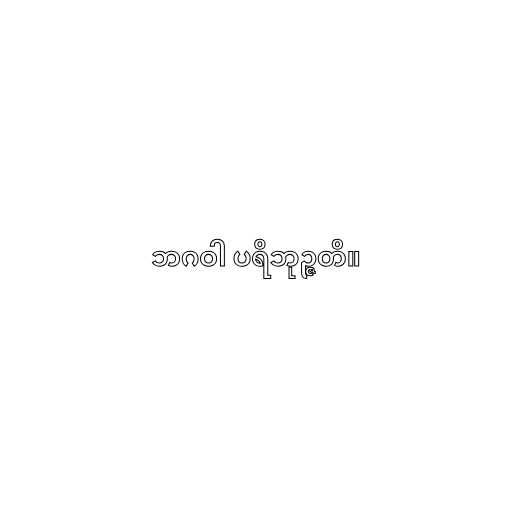
ဘဂဝါ ပရိဘုဉ္ဇတိ။